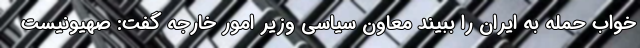
خواب حمله به ایران را ببیند معاون سیاسی وزیر امور خارجه گفت: صهیونیست